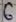
Text: 6